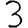
Digit: 3